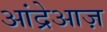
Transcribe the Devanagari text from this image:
आंद्रेआज़